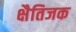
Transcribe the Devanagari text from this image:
क्षैतिजक